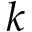
\boldsymbol k